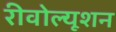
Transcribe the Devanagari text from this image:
रीवोल्यूशन